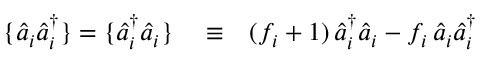
\begin{array} { r l r } { \{ \hat { a } _ { i } \hat { a } _ { i } ^ { \dagger } \} = \{ \hat { a } _ { i } ^ { \dagger } \hat { a } _ { i } \} } & { { } \equiv } & { ( f _ { i } + 1 ) \, \hat { a } _ { i } ^ { \dagger } \hat { a } _ { i } - f _ { i } \, \hat { a } _ { i } \hat { a } _ { i } ^ { \dagger } } \end{array}